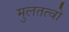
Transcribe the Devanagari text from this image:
मुलतत्वो